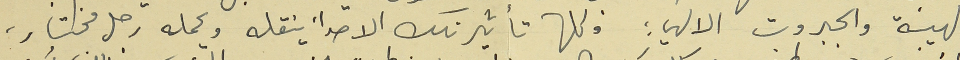
والهيبة والجبروت الالهي : وكلها تأثير تلك الاصداء ينقله ويحمله رجل مختار،